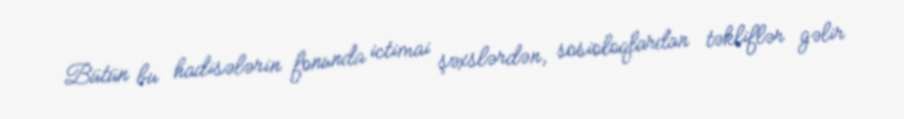
Bütün bu hadisələrin fonunda ictimai şəxslərdən, sosioloqlardan təkliflər gəlir